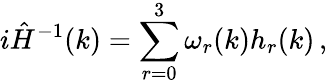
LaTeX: i\hat{H}^{-1}(k)=\sum_{r=0}^{3}\omega_{r}(k)h_{r}(k)\, ,